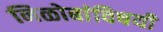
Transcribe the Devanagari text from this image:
निळोबांविषयी